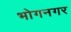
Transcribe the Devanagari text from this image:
भोगनगर